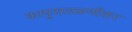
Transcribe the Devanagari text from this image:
कापूसतळणीकर